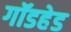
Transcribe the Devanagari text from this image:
गॉडहेड